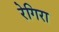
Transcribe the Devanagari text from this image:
रेगिरा